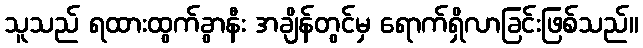
သူသည် ရထားထွက်ခွာနီး အချိန်တွင်မှ ရောက်ရှိလာခြင်းဖြစ်သည်။